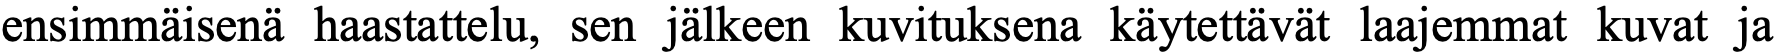
ensimmäisenä haastattelu, sen jälkeen kuvituksena käytettävät laajemmat kuvat ja